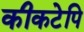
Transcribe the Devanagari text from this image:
कीकटेपि